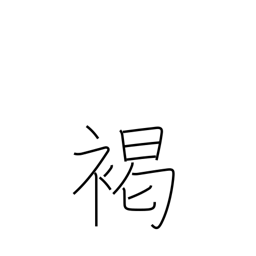
Meaning: brown